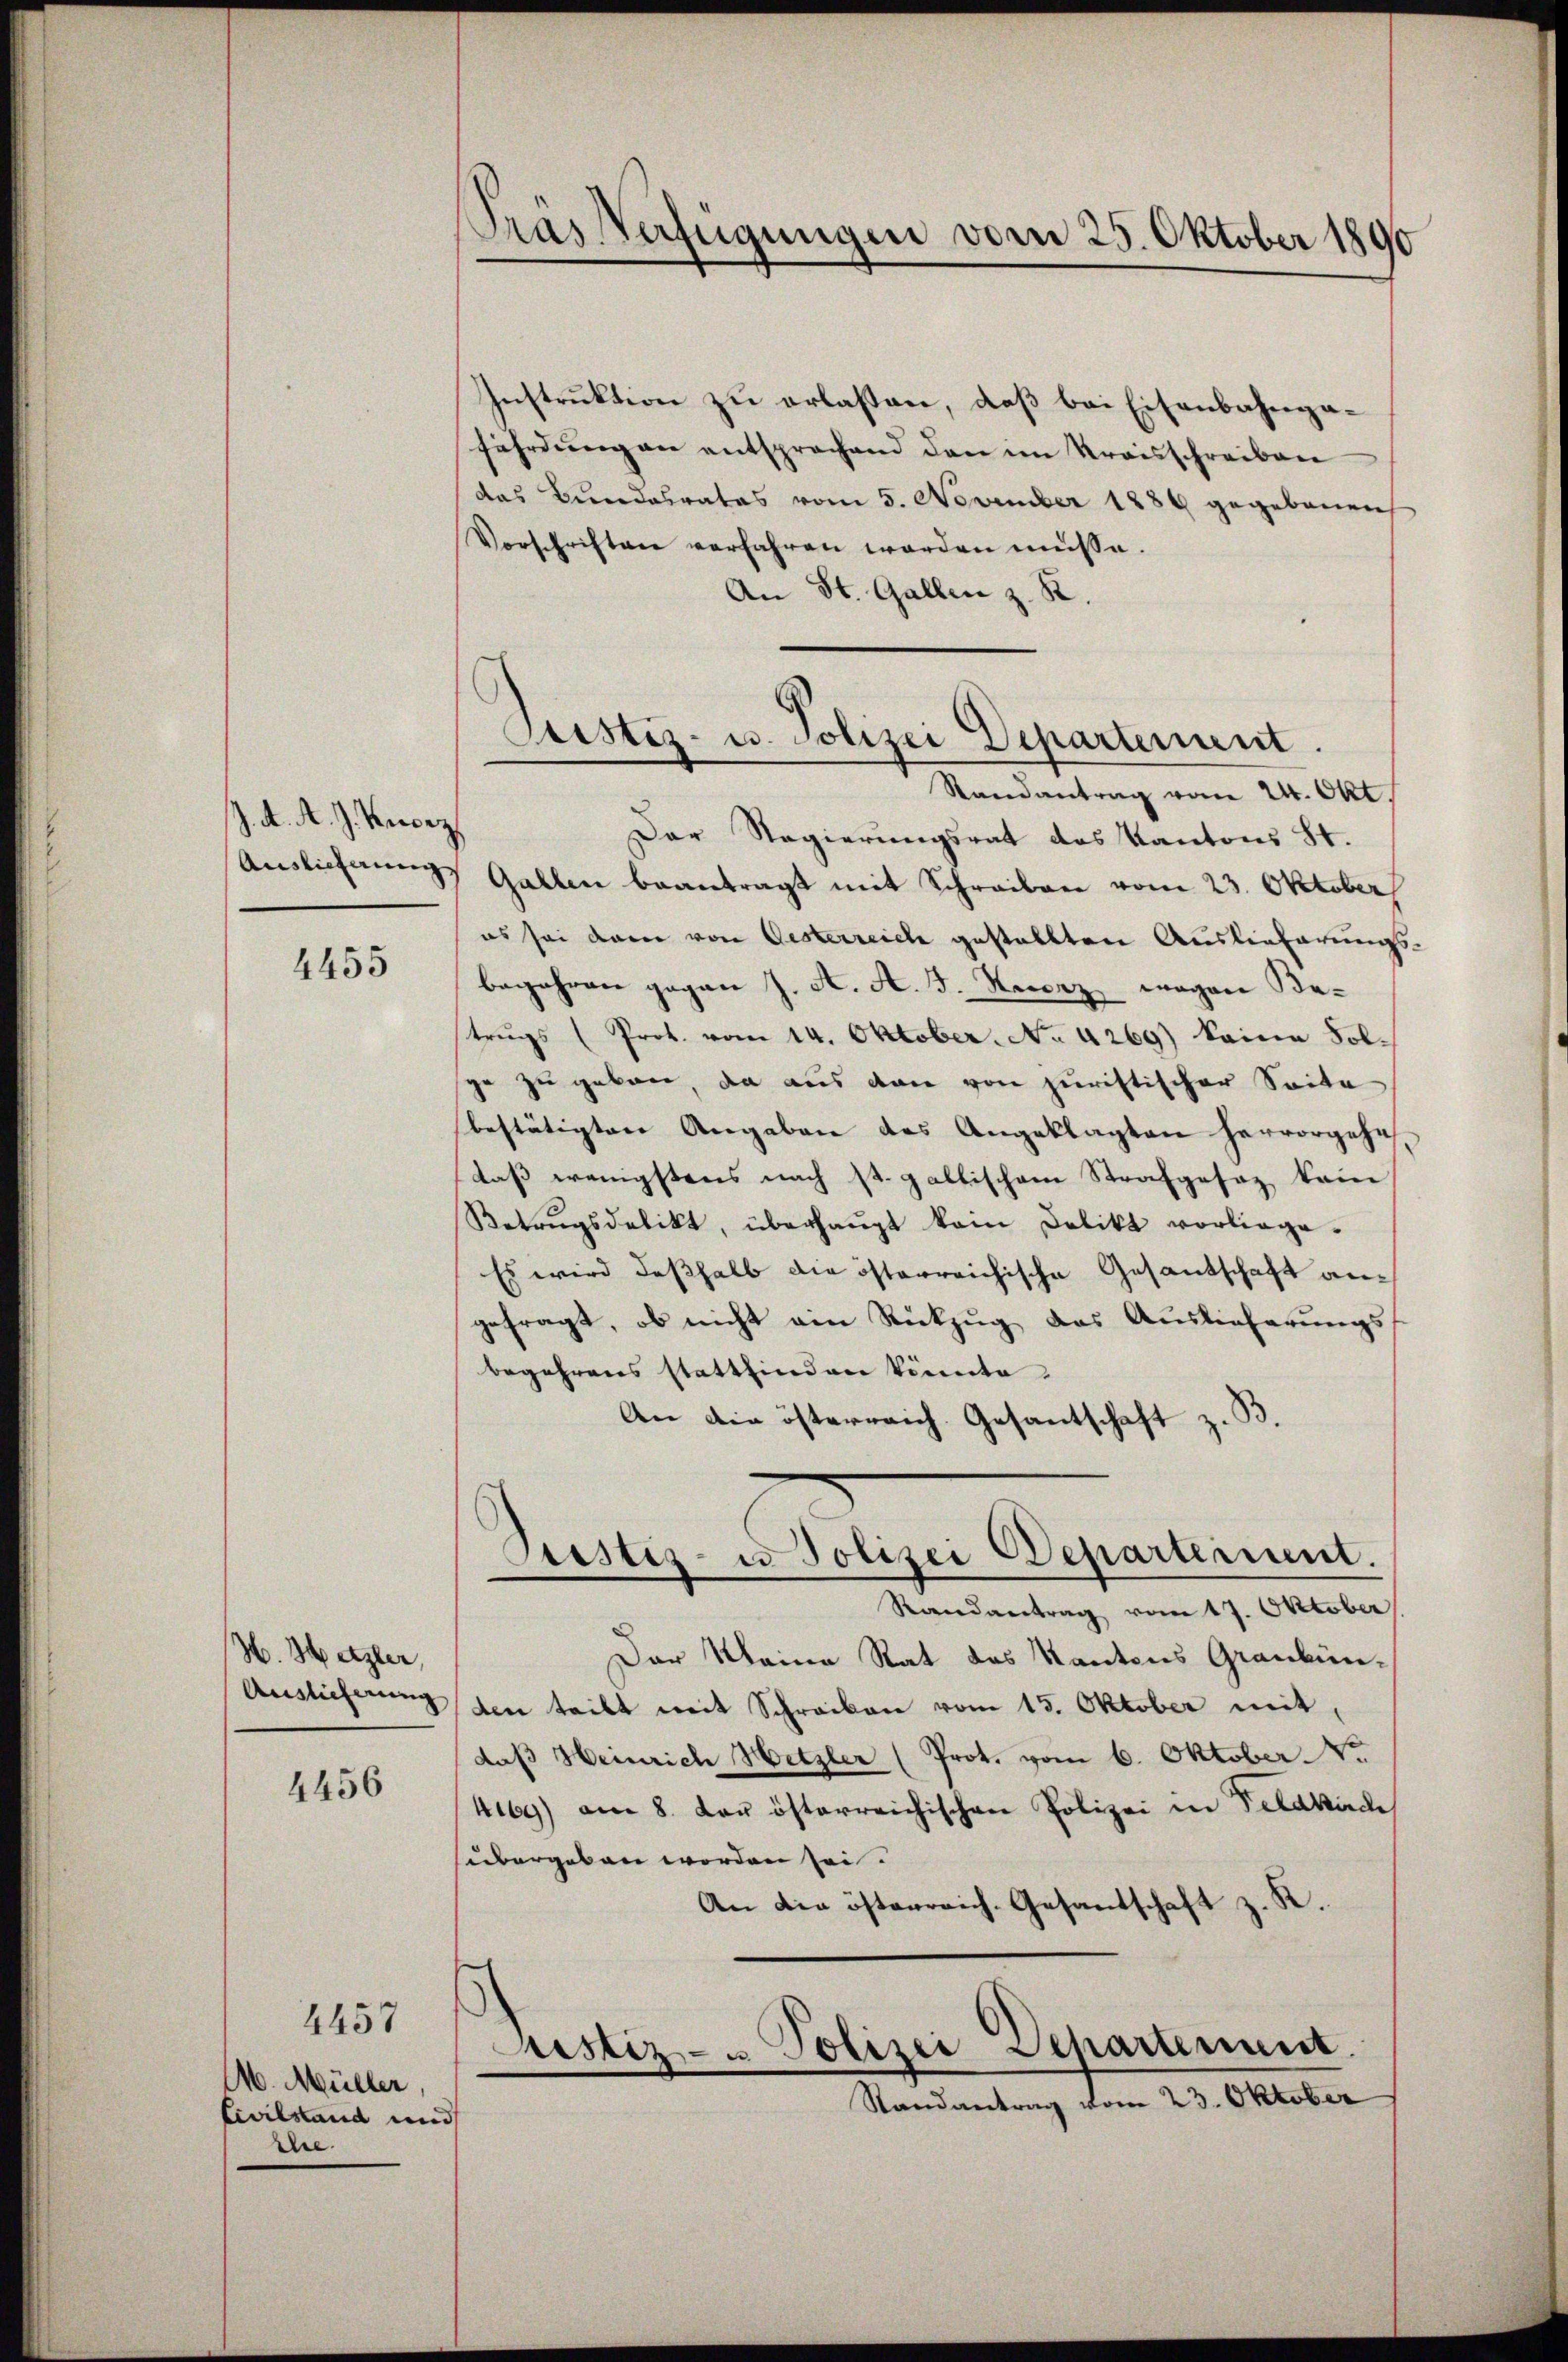
J. A. A. J. Reccez
Auslichnung

4455

H. Metzler,
Auslieferung

4456

4457

A. Müller,
Levilstand in
Elee.

Tras Verfügungen vom 25. Oktober 1890

Instruktion zu erlassen, daß bei Eisenbahngafährdung an entsprachend den im Kraisschreiben
das Bundesrates vom 5. November 1886 gegebenen
Vorschriften verfahren worden müsse.
An St. Gallen z. R.
Der Regierungsrat des Kantons St.
Gallen beantragt mit Schreiben vom 23. Oktober
es sei dem von Gesterreich gestallten Auslieferungs-
begehren gegen J. A. A. F. Herz wegen Batrŭgs (Prot. vom 14. Oktober. No. 4269) keine Folge zu geben, da aus den von juristischer Seite
bestätigten Angaben des Angeklagten hervorgehe
daß wenigstens nach st. gallischem Strafgesez kein
Betrugsdelikt, überhaupt kam Delikt vorliege¬
Es wird desshalb die österreichische Gesantschaft angefragt, ob nicht am Rückzug das Auslieferungsbegehrens stattfinden könnte.
An die österreich. Gesantschaft z. B.
Justiz- u Polizei Departement.
Randantrag vom 17. Oktober
Der Meine Rat des Kantons Graubünden teilt mit Schreiben vom 15. Oktober mit,
daß Heinrich Hetzler (Prot. vom 6. Oktober o
4169) am 8. der österreichischen Polizei in Feldkirc
übergeben worden sei.
An die österreich. Gesandschaft z. K.
Justiz- & Polizei Departement
Randantrag vom 23. Oktober

Justiz- u. Polizei Departement.
Randantrag vom 24. Okt